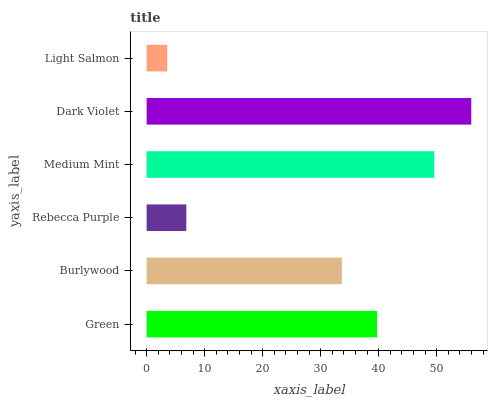
| yaxis_label | bars |
 | --- | --- |
 | Green | 39.7 |
 | Burlywood | 33.6 |
 | Rebecca Purple | 6.84 |
 | Medium Mint | 49.6 |
 | Dark Violet | 55.9 |
 | Light Salmon | 3.55 |